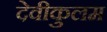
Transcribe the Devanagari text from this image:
देवीकुलम